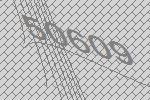
50609